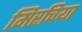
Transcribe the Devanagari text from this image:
मिरचिया